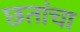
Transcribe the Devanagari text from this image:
छतांचा